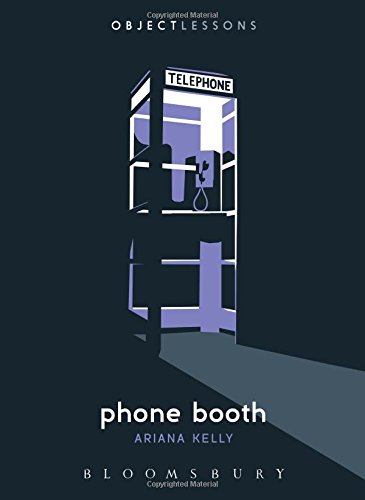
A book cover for Phone Booth (Object Lessons); Ariana Kelly; Politics & Social Sciences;